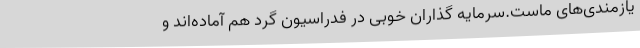
یازمندی‌های ماست.سرمایه گذاران خوبی در فدراسیون گرد هم آماده‌اند و